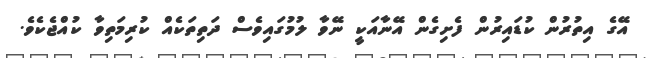
އޭގެ އިތުރުން ކުޑައިރުން ފެށިގެން އޭނާއަކީ ނޭވާ ލުމުގައިވެސް ދަތިތަކެއް ކުރިމަތިވާ ކުއްޖެކެވެ.